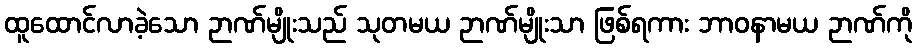
ထူထောင်လာခဲ့သော ဉာဏ်မျိုးသည် သုတမယ ဉာဏ်မျိုးသာ ဖြစ်ရကား ဘာဝနာမယ ဉာဏ်ကို